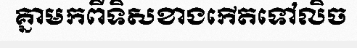
គ្នាមកពីទិសខាងកើតទៅលិច